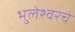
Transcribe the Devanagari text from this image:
भुलेश्वरचे